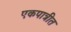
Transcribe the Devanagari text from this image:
एकपात्रीत